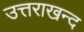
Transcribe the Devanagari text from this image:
उत्तराखन्द